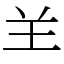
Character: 𦍌